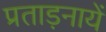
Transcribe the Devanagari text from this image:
प्रताड़नायें